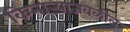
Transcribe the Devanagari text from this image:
किनाऱ्‍याजवळील